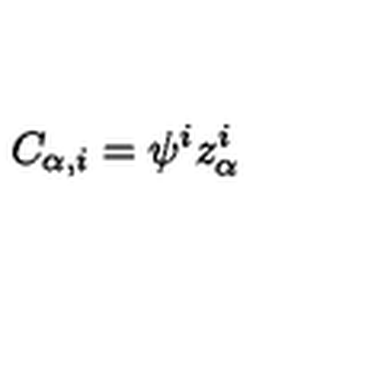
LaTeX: C _ { \alpha , i } = \psi ^ { i } z _ { \alpha } ^ { i }